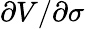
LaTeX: \partial V/\partial\sigma